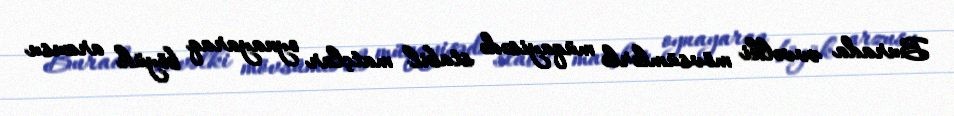
Burada əvvəlki mövsümlərlə müqayisədə stabil matçlar oynayaraq böyük arzusu